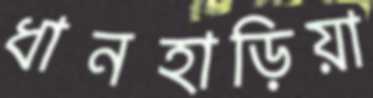
ধানহাড়িয়া